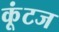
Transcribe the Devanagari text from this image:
कूंटज